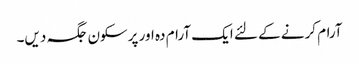
آرام کرنے کے لئے ایک آرام دہ اور پرسکون جگہ دیں۔